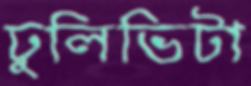
ঢুলিভিটা